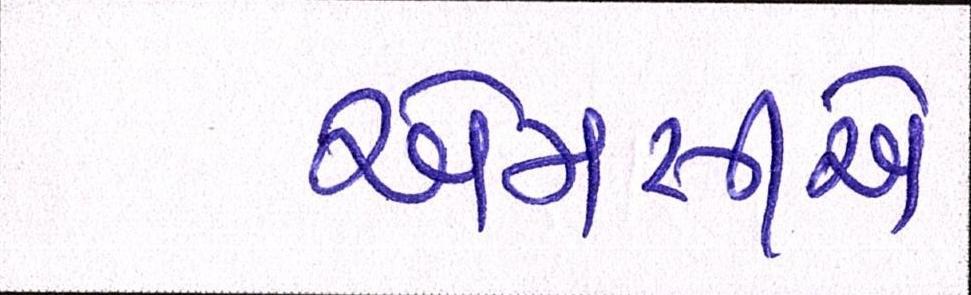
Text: એમસીએ